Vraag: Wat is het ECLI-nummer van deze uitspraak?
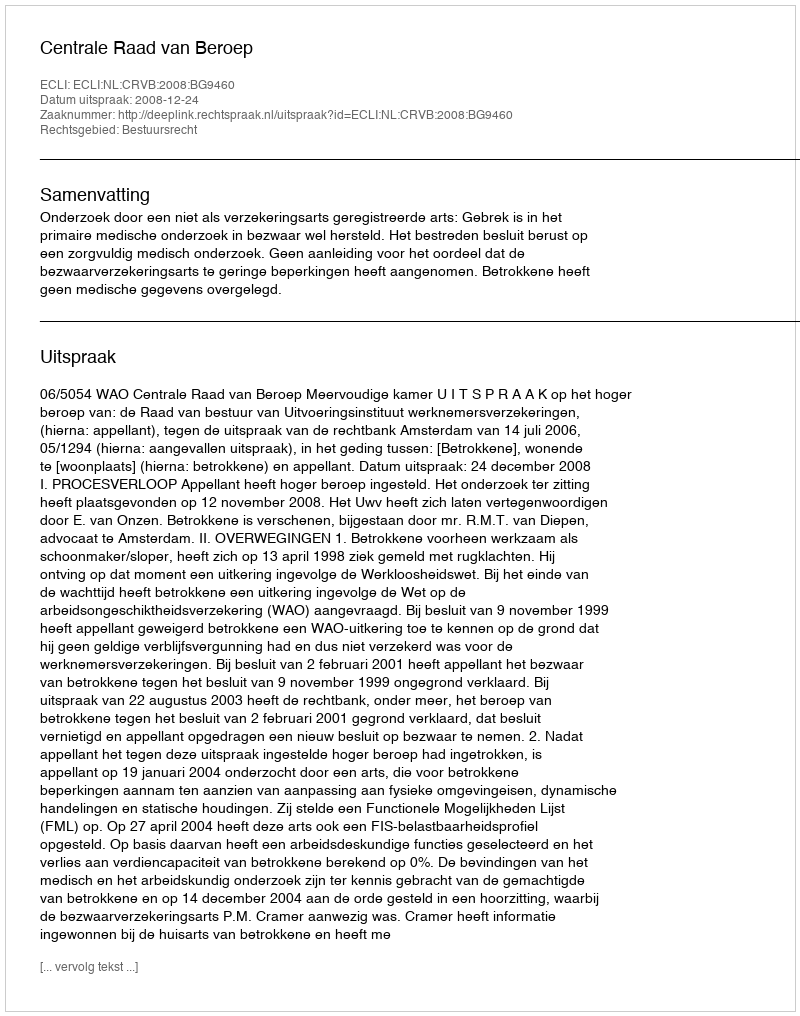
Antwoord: ECLI:NL:CRVB:2008:BG9460